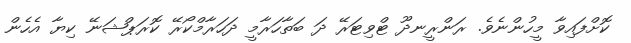
ކޮށްފައިވާ މީހުންނެވެ. ރަންރީނދޫ ޓްވިޓަރޭ ދަ ބަތާހަރާމީ ދަހަރާމްކޯރޭ ކޮރަޕްޝަނޭ ކިޔާ އެހެން